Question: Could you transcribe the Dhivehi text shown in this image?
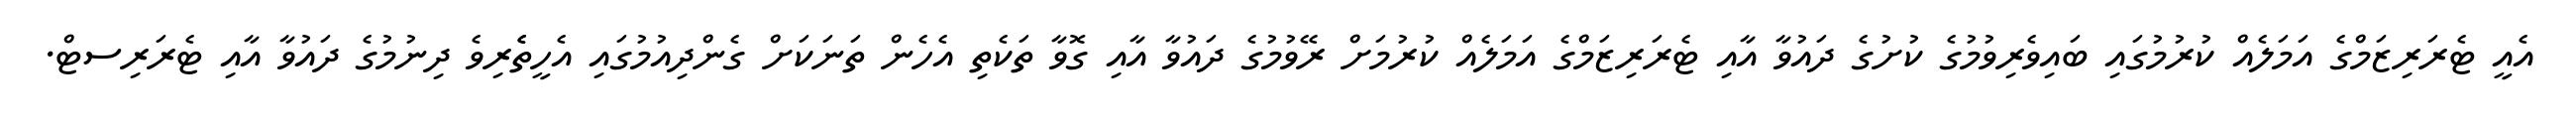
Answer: އެއީ ޓެރަރިޒަމްގެ އަމަލެއް ކުރުމުގައި ބައިވެރިވުމުގެ ކުށުގެ ދައުވާ އާއި ޓެރަރިޒަމްގެ އަމަލެއް ކުރުމަށް ރޭވުމުގެ ދައުވާ އާއި ގޮވާ ތަކެތި އެހެން ތަނަކަށް ގެންދިއުމުގައި އެހީތެެރިވެ ދިނުމުގެ ދައުވާ އާއި ޓެރަރިސޓް.